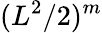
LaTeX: (L^{2}/2)^{m}